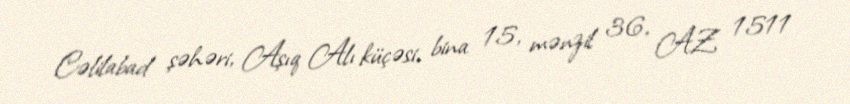
Cəlilabad şəhəri, Aşıq Alı küçəsi, bina 15, mənzil 36, AZ 1511